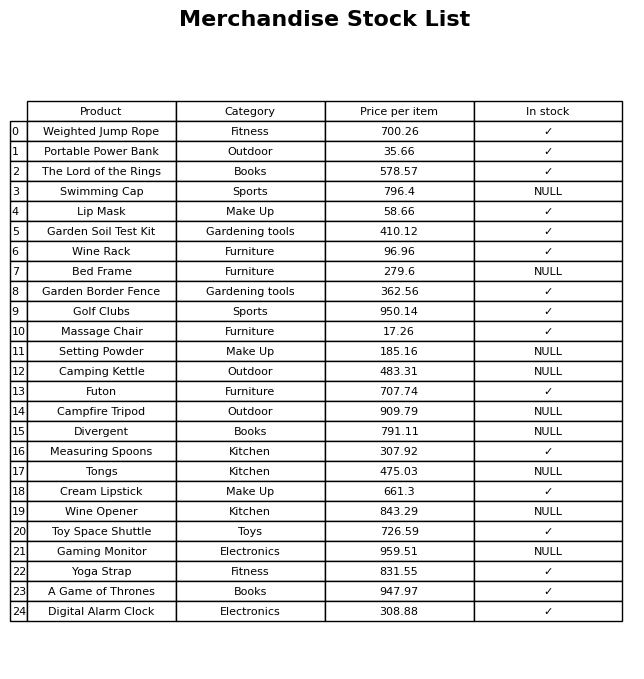
question: Is the Futon in stock?
answer: ✓